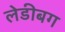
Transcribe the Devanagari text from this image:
लेडीबग